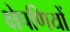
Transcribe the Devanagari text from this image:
क्षेपणियों